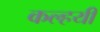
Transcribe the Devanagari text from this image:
कल्हयी